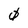
Character: 0